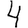
Digit: 4